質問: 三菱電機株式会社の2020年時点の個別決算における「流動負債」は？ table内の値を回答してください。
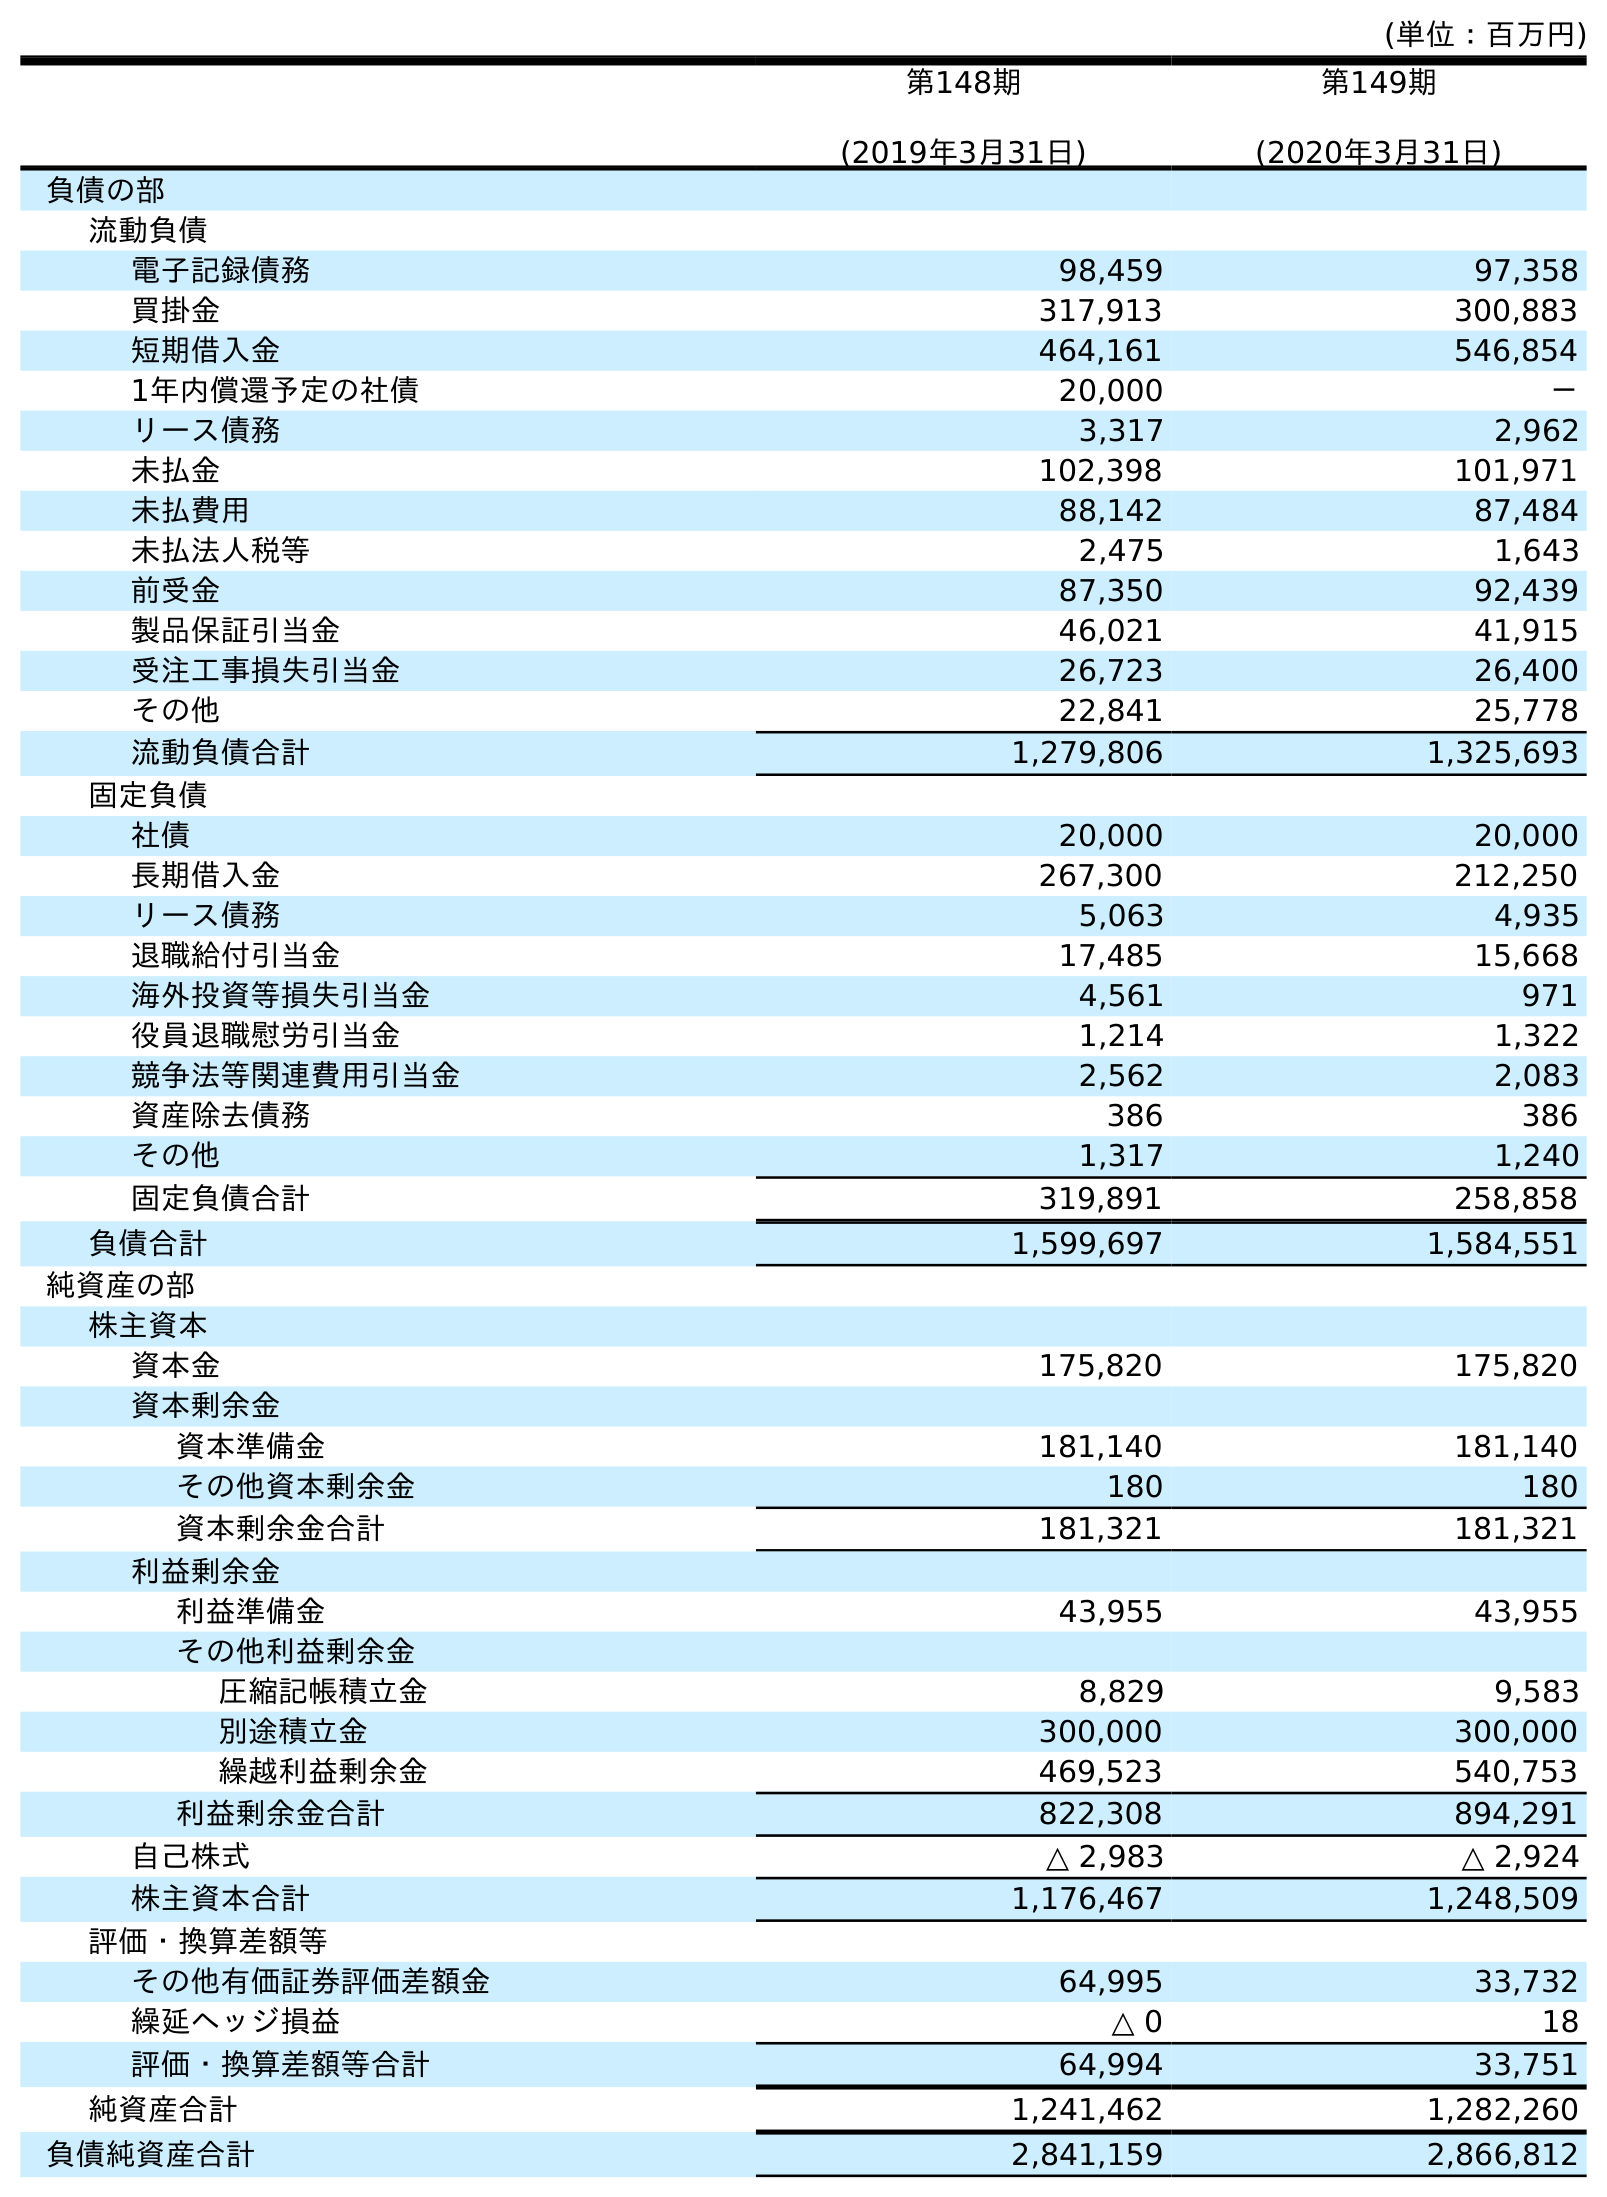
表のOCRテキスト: (単位：百万円) 第148期 (2019年3月31日) 第149期 (2020年3月31日) 負債の部 流動負債 電子記録債務 98,459 97,358 買掛金 317,913 300,883 短期借入金 464,161 546,854 1年内償還予定の社債 20,000 － リース債務 3,317 2,962 未払金 102,398 101,971 未払費用 88,142 87,484 未払法人税等 2,475 1,643 前受金 87,350 92,439 製品保証引当金 46,021 41,915 受注工事損失引当金 26,723 26,400 その他 22,841 25,778 流動負債合計 1,279,806 1,325,693 固定負債 社債 20,000 20,000 長期借入金 267,300 212,250 リース債務 5,063 4,935 退職給付引当金 17,485 15,668 海外投資等損失引当金 4,561 971 役員退職慰労引当金 1,214 1,322 競争法等関連費用引当金 2,562 2,083 資産除去債務 386 386 その他 1,317 1,240 固定負債合計 319,891 258,858 負債合計 1,599,697 1,584,551 純資産の部 株主資本 資本金 175,820 175,820 資本剰余金 資本準備金 181,140 181,140 その他資本剰余金 180 180 資本剰余金合計 181,321 181,321 利益剰余金 利益準備金 43,955 43,955 その他利益剰余金 圧縮記帳積立金 8,829 9,583 別途積立金 300,000 300,000 繰越利益剰余金 469,523 540,753 利益剰余金合計 822,308 894,291 自己株式 △ 2,983 △ 2,924 株主資本合計 1,176,467 1,248,509 評価・換算差額等 その他有価証券評価差額金 64,995 33,732 繰延ヘッジ損益 △ 0 18 評価・換算差額等合計 64,994 33,751 純資産合計 1,241,462 1,282,260 負債純資産合計 2,841,159 2,866,812
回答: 1,325,693